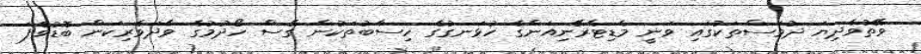
ވޭތުވެދިޔަ ދުވަސްތަކުގައި ވަނީ މެޑިޓެރޭނިއަންގެ ހުޅަނގުގެ ހިސާބުތަކުން ގޭސް ހޯދުމުގެ ވާދަވެރިކަން ބޮޑުވެފަ